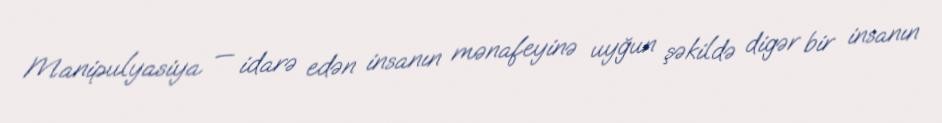
Manipulyasiya — idarə edən insanın mənafeyinə uyğun şəkildə digər bir insanın